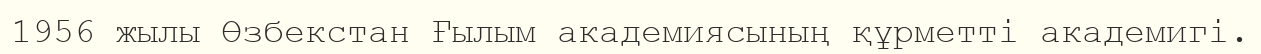
1956 жылы Өзбекстан Ғылым академиясының құрметті академигі.